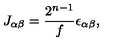
J _ { \alpha \beta } = \frac { 2 ^ { n - 1 } } { f } \epsilon _ { \alpha \beta } ,